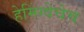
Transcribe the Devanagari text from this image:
हेमिंग्वेचेच